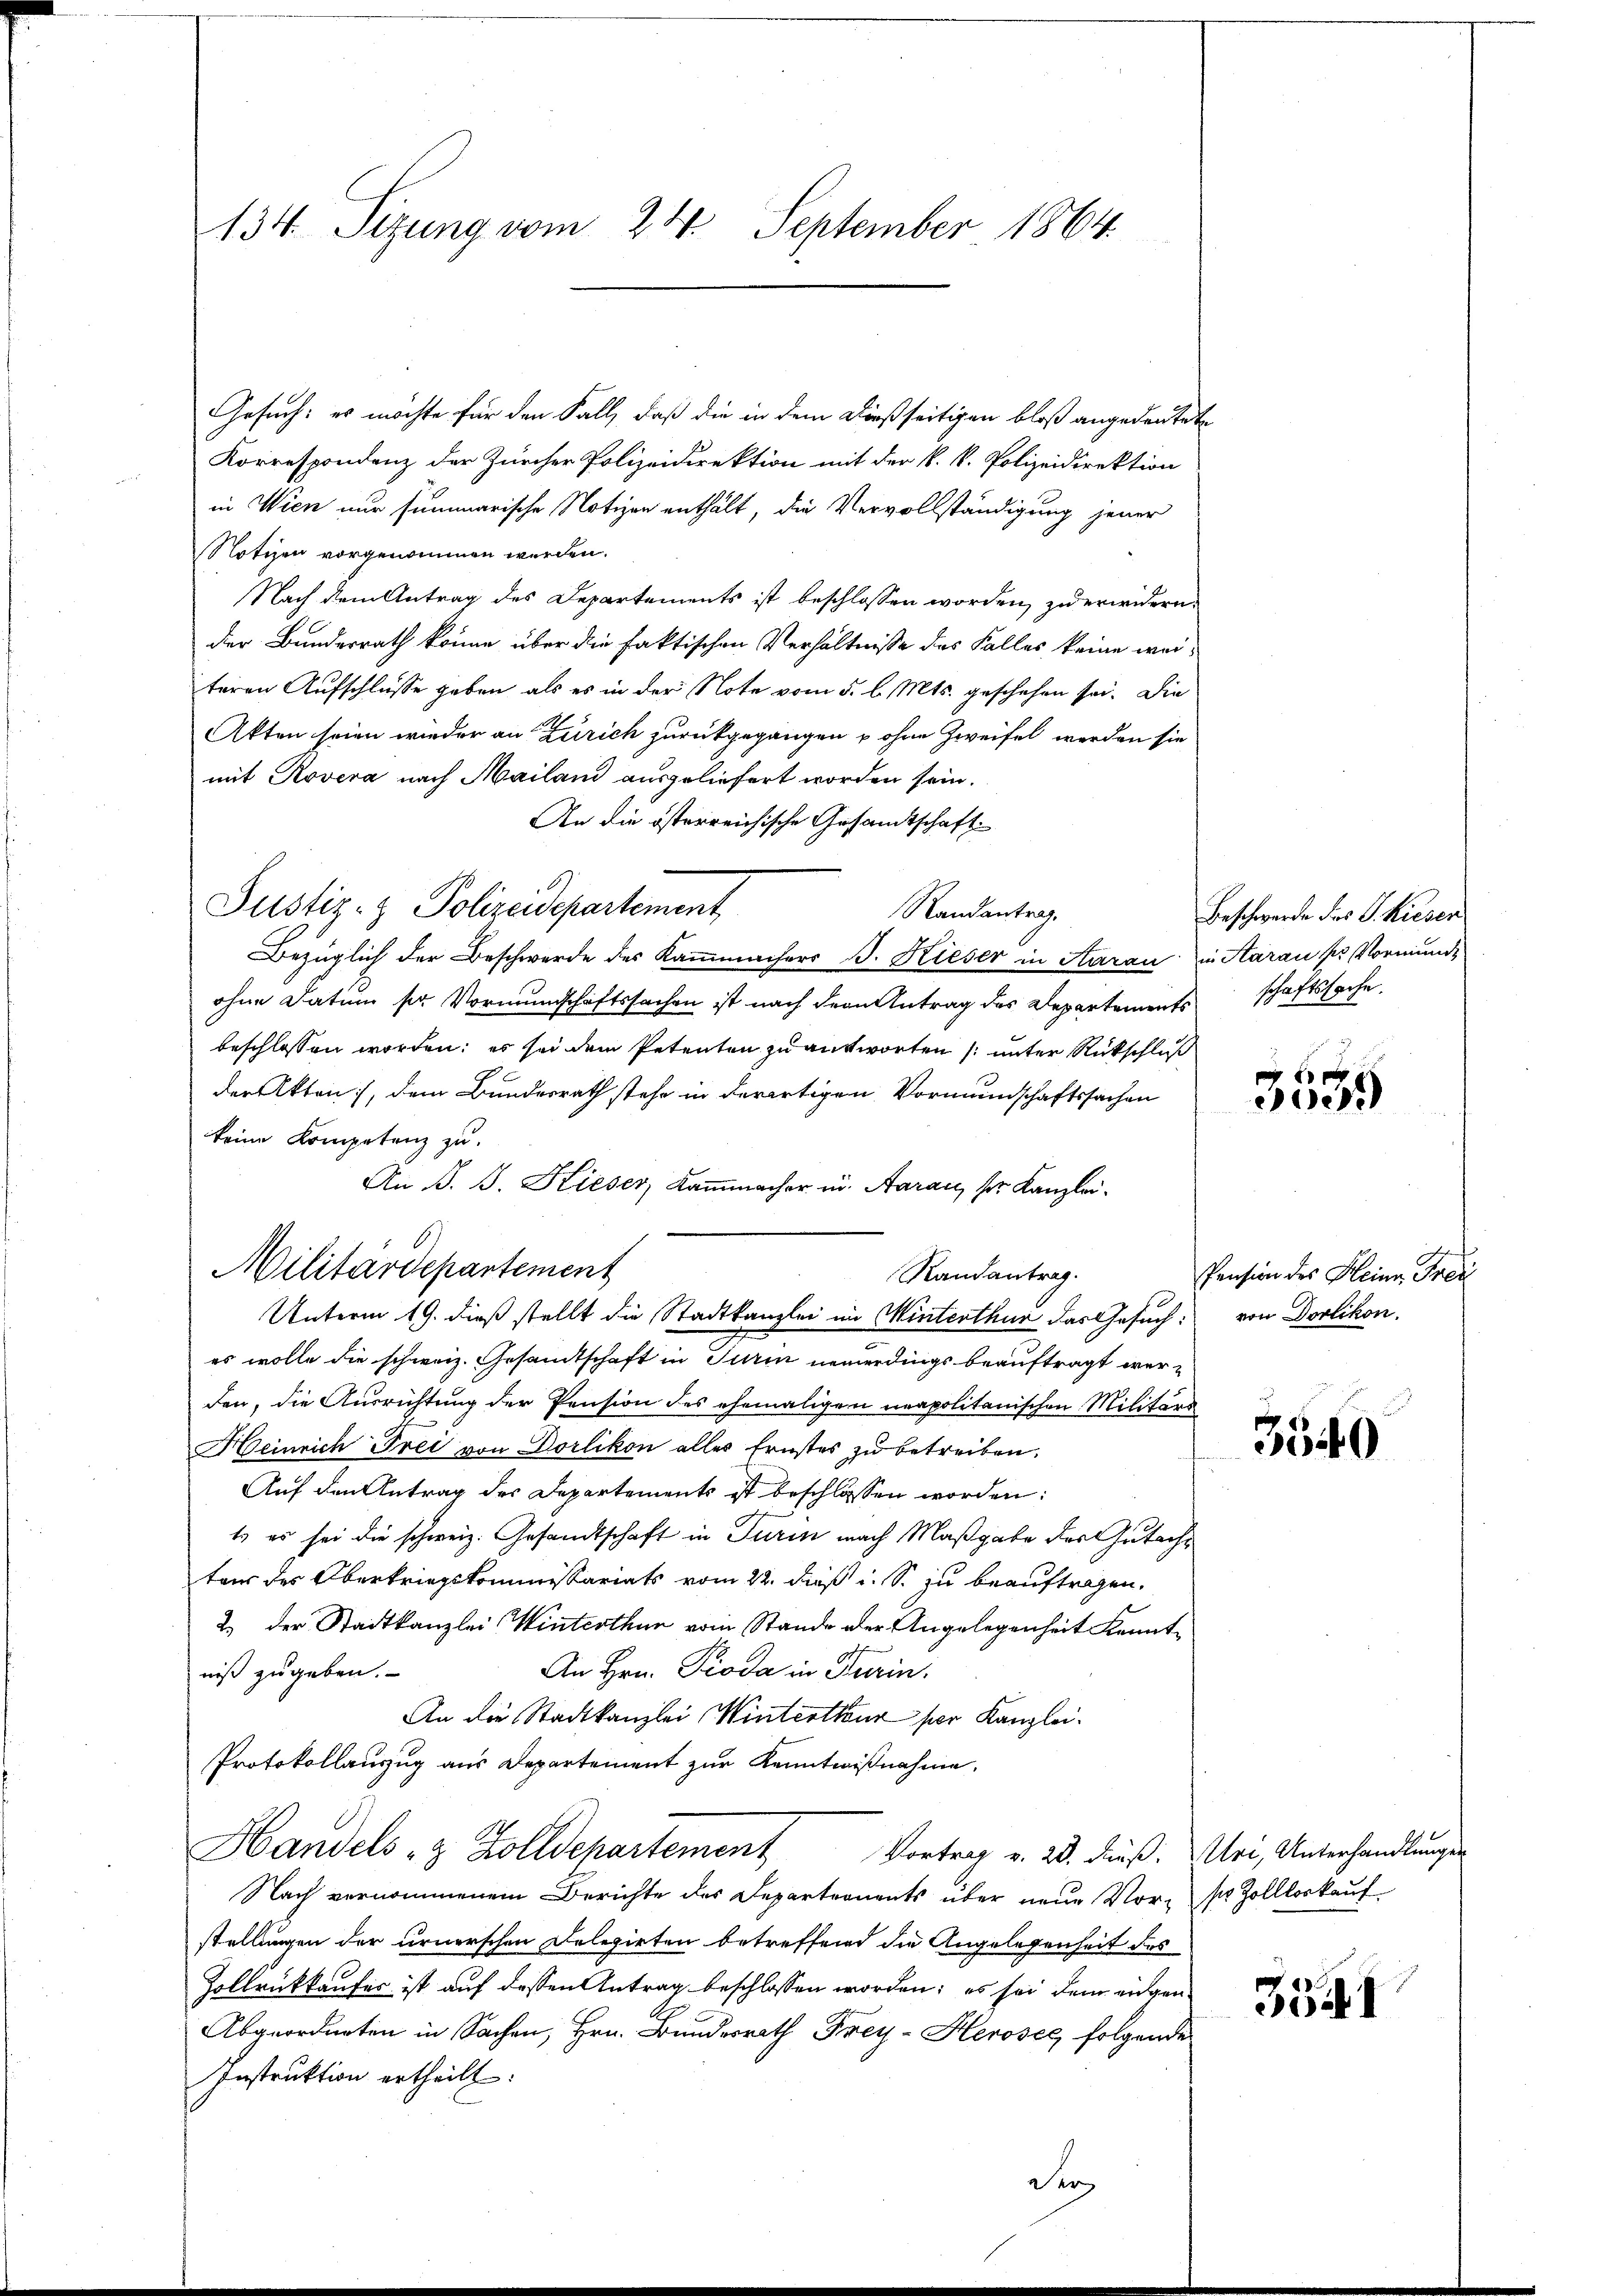
134. Sizung vom 24. September 1864.

Gesuch: es möchte für den Fall, daß die in dem dießseitigen bloß angedeutete
Korrespondenz der Zürcher Polizeidirektion mit der k. k. Polizeidirektion
in Wien nur summarische Notizen enthält, die Vervollständigung jener
Notizen vorgenommen werden.
Nach dem Antrag des Departements ist beschlossen worden, zu erwidern
dier Bundesrath könne über die faktischen Verhältnisse des Falles keine weiteren Aufschlüsse geben, als es in der Note vom 5. l. Mts. geschehen sei. Die
Akten seien wieder an Zürich zurückgegangen u ohne Zweifel werden sie
mit Rovera nach Mailand ausgeliefert worden sein.
An die österreichische Gesandtschaft
Randantrag,
Bezüglich der Beschwerde des Kaṁmachers B. Hieser in Aarau in Aarau pr. Vormunde
ohne Datum ser Vormundschaftssachen ist nach dem Antrag des Departements schaftssache.
beschlossen worden; es sei dem Petenten zu antworten (unter Rückschluß
der Akten, dem Bundesrath stehe in derartigen Vormundschaftssachen
keine Kompetenz zu.
An J. J. Kieser, Kammmacher in Aarau, ser Kanzlei¬
Randantrag.
Unterm 19. dieß stellt die Stadtkanzlei im Winterthur das Gesuch: von Dorlikon.
es wolle die schweiz. Gesandtschaft in Turin neuerdings beauftragt werden, die Ausrichtung der Pension des ehemaligen neapolitanischen Militärs
Heinrich Frei von Dorlikon alles Ernstes zu betreiben.
Auf den Antrag des Departements ist beschlossen worden:
t es sei die schweiz. Gesandtschaft in Turin nach Maßgabe des Gutachter des Oberkriegskommissariats vom 22. dieß i. S. zu beauftragen.
2.) Der Stadtkanzlei Winterthun vom Stande der Angelegenheit kennt¬
An Hrn. Pioda in Turin.
niß zugeben.
An die Stadtkanzlei Winterthur per Kanzlei.
Protokollauszug aus Departement zur Kenntnißnahme.
Handels- & Zolldepartement Vortrag v. 23. dieß. Uri, Unterhandlungen
Nach vernommenem Berichte des Departronents über neue Vor- sr. Zolllorkauf
stellungen der urnerschen Delegirten betreffend die Angelegenheit des
Zollrückkaufes ist auf dessen Antrag beschlossen worden; es sei dem eidgen
Abgeordneten in Sachen, Hrn. Bundesrath Frey-Herosec folgende
Instruktion ertheilt:

6.
Militärdepartement

Justiz- & Polizeidepartement

der

Beschwerde des P. hiesen

6
300

Pension des Kleine Frei

3540

3541